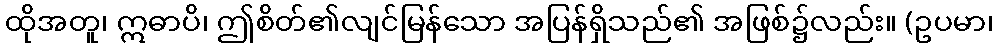
ထိုအတူ၊ ဣဓာပိ၊ ဤစိတ်၏လျင်မြန်သော အပြန်ရှိသည်၏ အဖြစ်၌လည်း။ (ဥပမာ၊